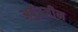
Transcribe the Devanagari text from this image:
अर्बुदजीन